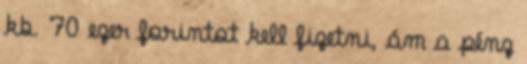
kb. 70 ezer forintot kell fizetni, ám a pénz